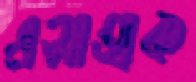
এসাহাক